Annual report of the Bengal Veterinary College and of the Civil Veterinary Department, Bengal, for the year 1918-19 - 1918-1919
Year: 1918
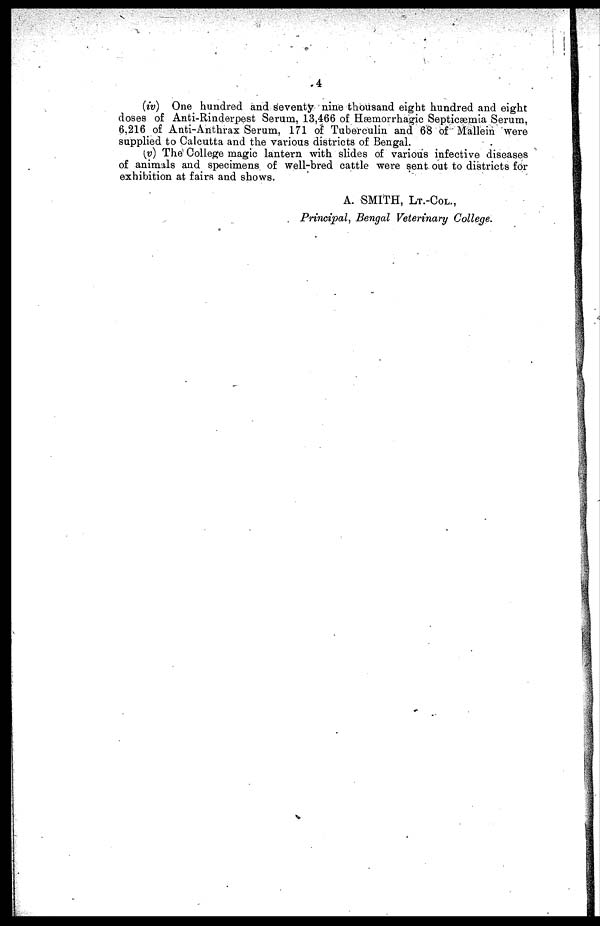
4
(iv) One hundred and seventy nine thousand eight hundred and eight
doses of Anti-Rinderpest Serum, 13,466 of Hæmorrhagic Septicæmia Serum,
6,216 of Anti-Anthrax Serum, 171 of Tuberculin and 68 of Mallein were
supplied to Calcutta and the various districts of Bengal.
(v) The College magic lantern with slides of various infective diseases
of animals and specimens of well-bred cattle were sent out to districts for
exhibition at fairs and shows.
A. SMITH, LT.-COL.,
Principal, Bengal Veterinary College.